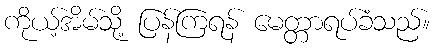
ကိုယ့်အိမ်သို့ ပြန်ကြရန် မေတ္တာရပ်ခံသည်။